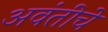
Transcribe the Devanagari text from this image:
अवंतीचे